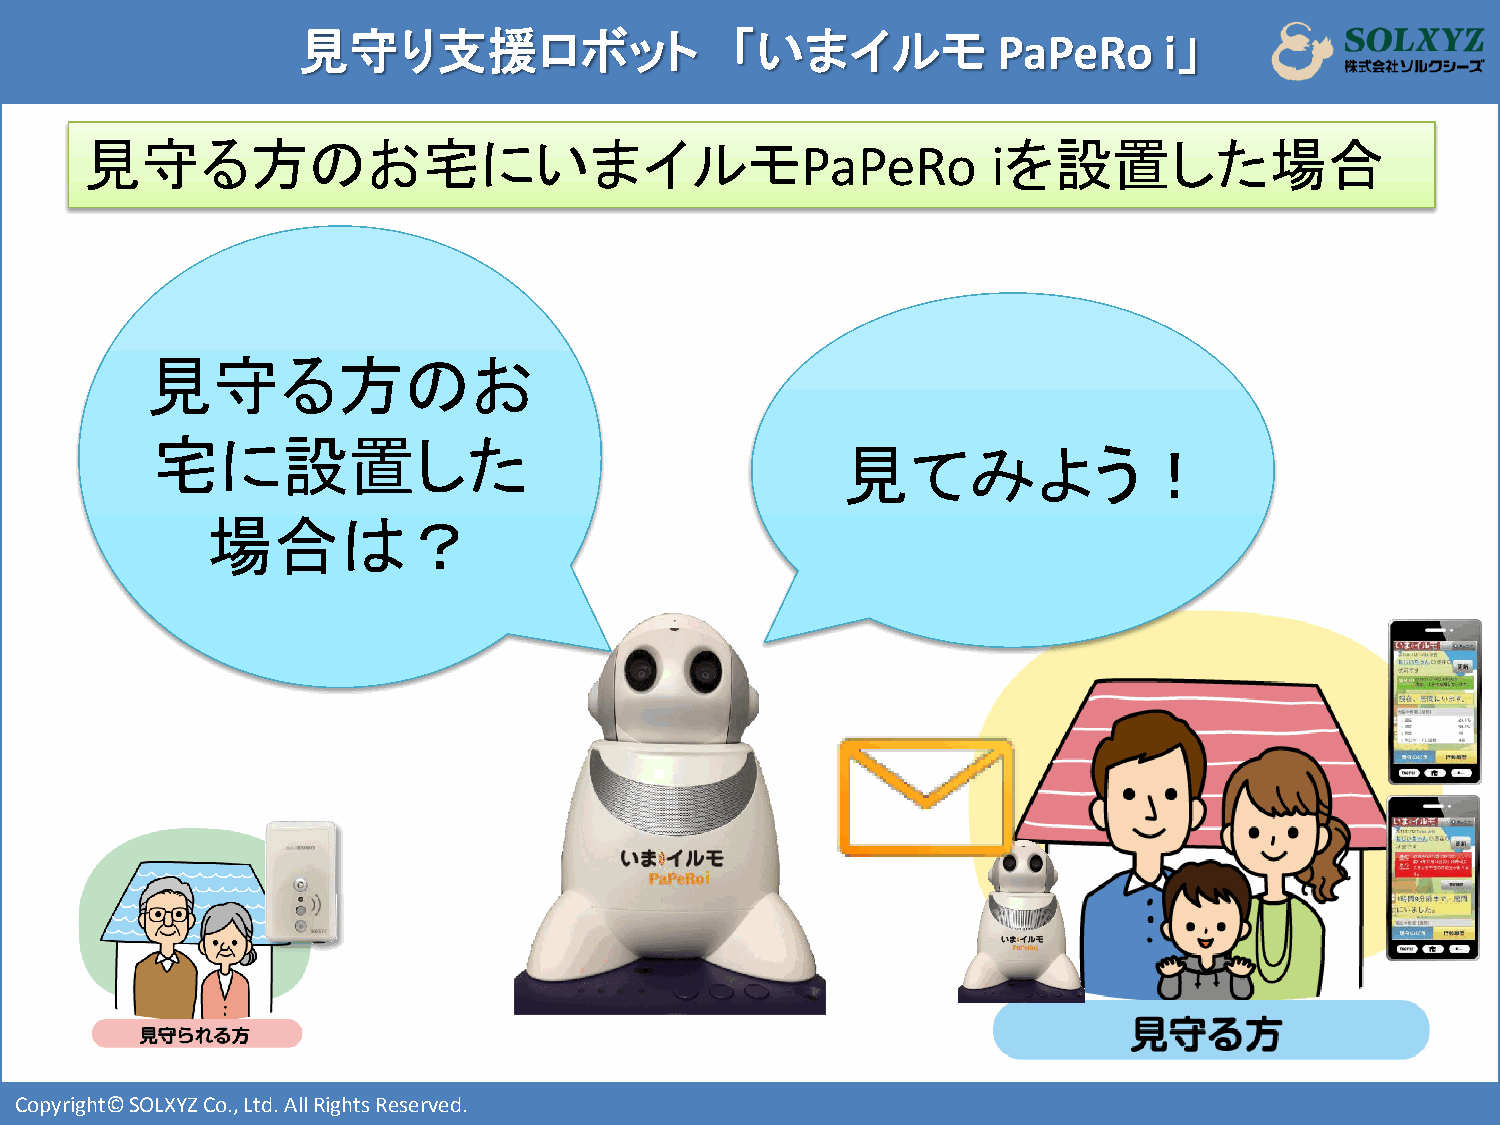
見守り支援ロボット                   「いまイルモ            PaPeRo     i」
 見守る方のお宅にいまイルモ                                                を設置した場合
 PaPeRo       i
 見守る方のお
 宅に設置した
 見てみよう！
 場合は？
 i
 i
 Copyright© SOLXYZ Co., Ltd. All Rights Reserved.